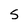
Character: S